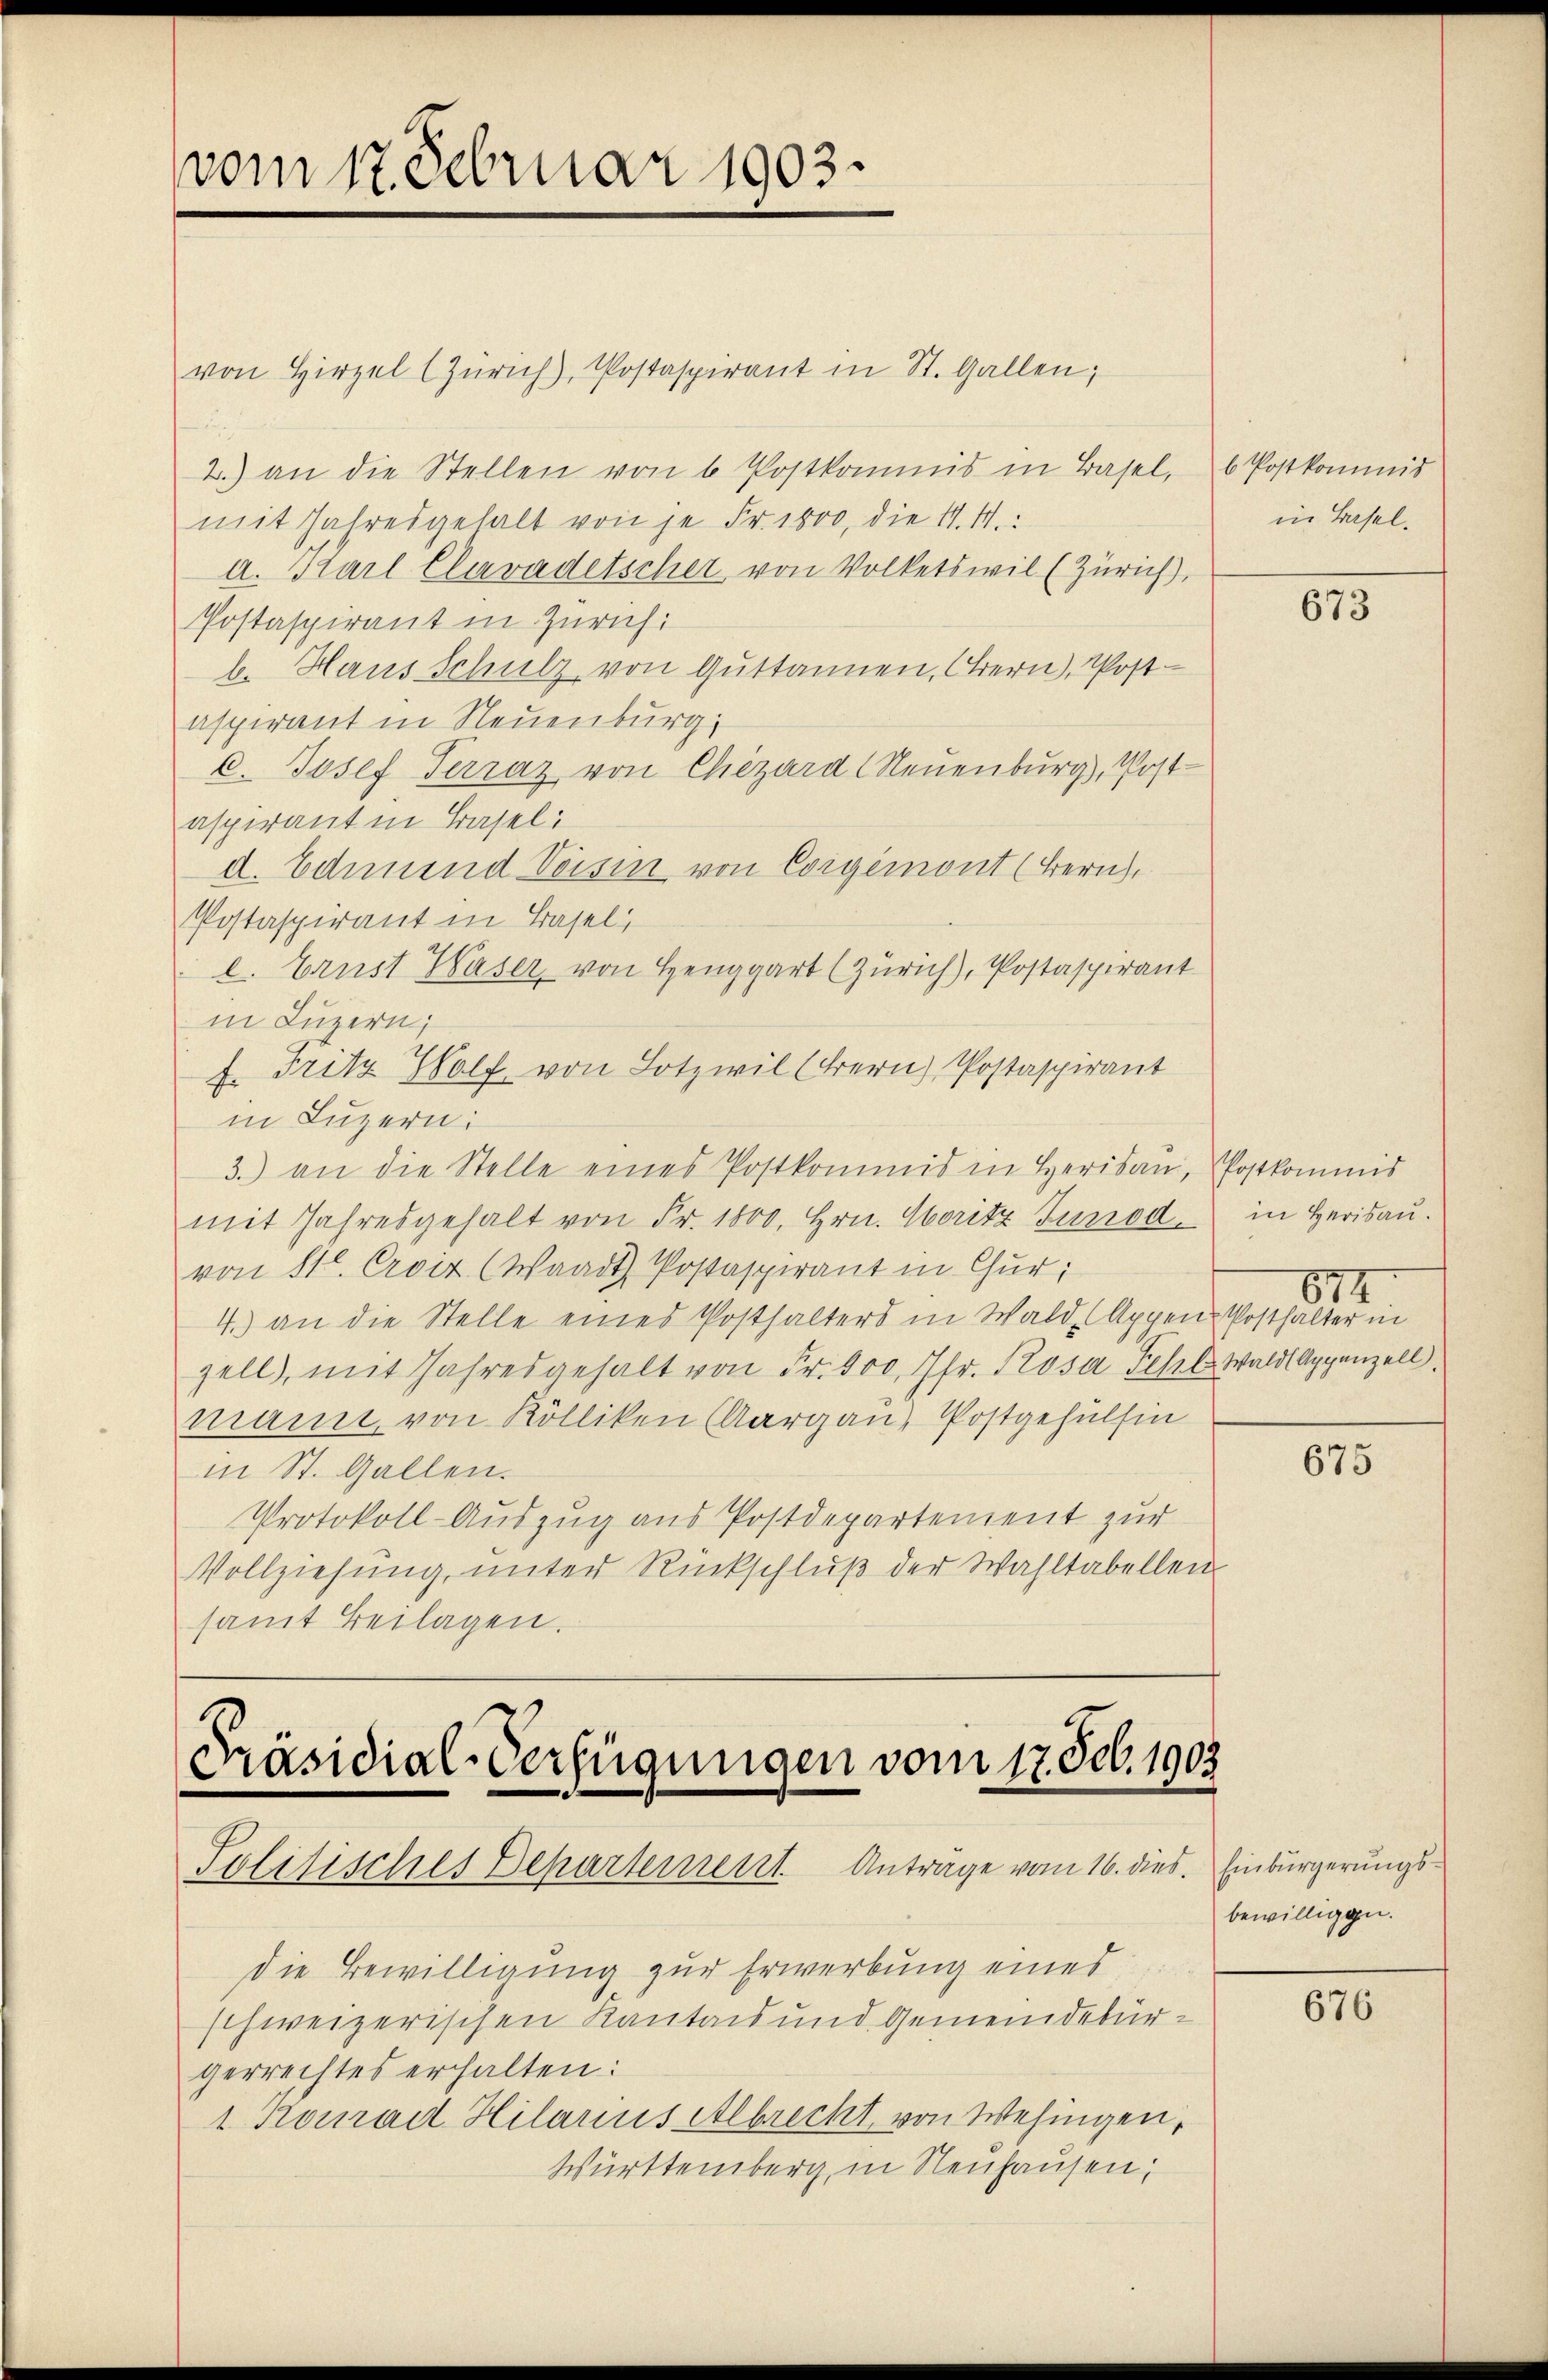
vom 17. Februar 1903.

von Hirzel (Zürich), Postaspirant in St. Gallen;
2.) an die Stellen von 6 Postkommis in Basel, b Postkommis
mit Jahresgehalt von je Fr. 1000, die 11. M.
a. Karl Clavadetscher von Volketswil (Zürich),
Postaspirant in Zürich:
b. Haus Schulz von Guttannen, Ohrern), Post
aspirant in Neuenburg,
c. Josef Terraz von Chizard (Neuenburg), Post-
aspirant in Basel:
d. Ednuend Veisin von Corgemont (Bern,
Postaspirant in Basel,
l. Brust Waser von Henggart (Zürich), Postaspirant
in Luzern,
f. Fritz Wolf von Lotzwil (Frern Postaspirant
in Luzern:
3.) an die Stelle eines Postkommis in Heridau, Postkommis
mit Jahresgehalt von Fr. 1800. Hrn. Moritz Junod. in Herisau.
von 11. Croix (Waadt Postaspirant in Chur,
4.) an die Stelle eines Posthalters in Wald, Appen-Posthalter in
zell, mit Jahresgehalt von Fr. 100, Ihr. Rosa Schel Wald, Appenzell
mann, von Kölliken (Aargau, Postgehülfin
in St. Gallen.
Protokoll-Auszug aus Postdepartement zur
Vollziehung, unter Rückschluß der Wahltabellen
samt Beilagen.

Präsidial-Verfügungen vom 17. Feb. 1903
Politisches Departement. Anträge vom 16. dies. Einbürgerungs¬

die Bewilligung zur Erwerbung eines
schweizerischen Kanton und Gemeindebürgerrechtes erhalten:
1. Konrad Hilarius Albrecht von Wesingen,
Württemberg in Neuhausen,

in Basel¬

675

874.

675

bewilligen.

676